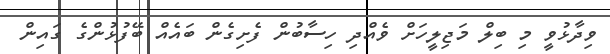
ވިދާޅުވީ މި ބިލް މަޖިލީހަށް ވެއްދި ހިސާބުން ފެށިގެން ބައެއް ބޭފުޅުންގެ ގައިން